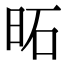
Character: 𪰒